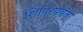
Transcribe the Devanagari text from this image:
शिविरपर्वत